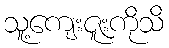
သူ့ကျေးဇူးကိုသိ